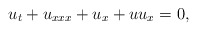
\begin{align*}u_t+u_{xxx}+u_x+uu_x=0,\end{align*}